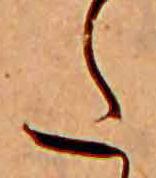
た